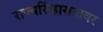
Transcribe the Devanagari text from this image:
राज्यसिंहासनावर